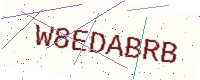
Text: W8EDABRB